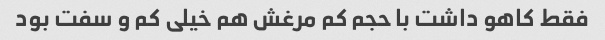
فقط کاهو داشت با حجم کم مرغش هم خیلی کم و سفت بود